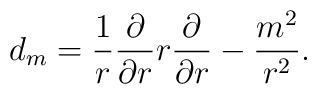
d_m={1\over r}{\partial\over\partial r}r{\partial\over\partial r}-{m^2\over r^2}.